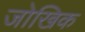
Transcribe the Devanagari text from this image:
जोखिक